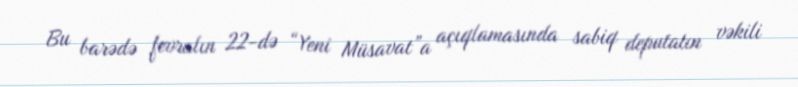
Bu barədə fevralın 22-də “Yeni Müsavat”a açıqlamasında sabiq deputatın vəkili